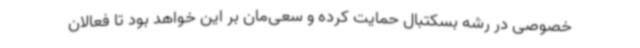
خصوصی در رشه بسکتبال حمایت کرده و سعی‌مان بر این خواهد بود تا فعالان